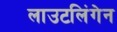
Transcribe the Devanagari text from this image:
लाउटलिंगेन